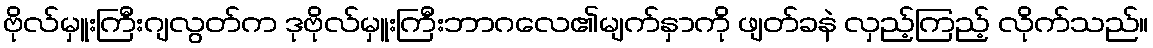
ဗိုလ်မှူးကြီးဂျလွတ်က ဒုဗိုလ်မှူးကြီးဘာဂလေ၏မျက်နှာကို ဖျတ်ခနဲ လှည့်ကြည့် လိုက်သည်။